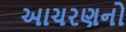
આચરણનો